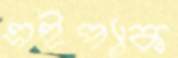
এইপ্যাক